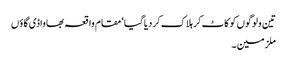
تین ولوگوں کو کاٹ کر ہلاک کردیاگیا‘ مقام واقعہ بھاواڈی گاؤں
ملزمین ۔